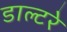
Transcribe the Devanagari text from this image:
डाल्टरे